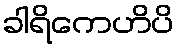
ခါရိကေဟိပိ